Civil Veterinary Department. Madras. Admin. report 1910-25 - 1910-1925
Year: 1910
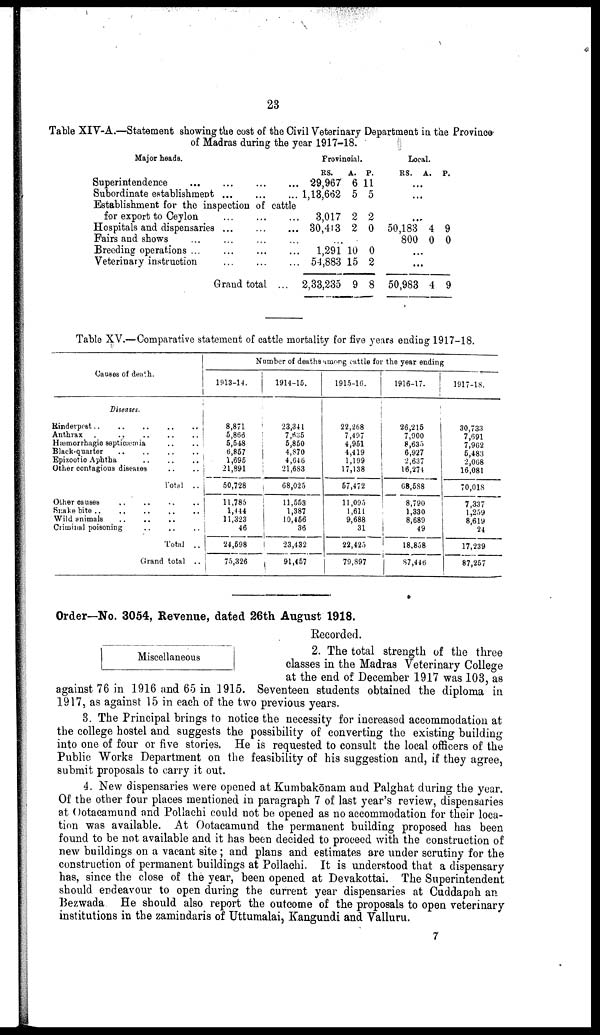
23
Table XIV-A.—Statement showing the cost of the Civil Veterinary Department in the Province
of Madras during the year 1917-18.
Major heads.
Superintendence ... ... ... ...
Subordinate establishment ... ... ...
Establishment for the inspection of cattle
for export to Ceylon ... ... ...
Hospitals and dispensaries ... ... ...
Fairs and shows ... ... ... ...
Breeding operations ... ... ... ...
Veterinary instruction ... ... ...
Grand total ...
Provincial.
RS.
29,967
1,13,662
3,017
30,413
...
1,291
54,883
2,33,235
A.
6
5
2
2
10
15
9
P.
11
5
2
0
0
2
8
Local.
RS. A. P.
...
...
...
50,183
800
..
..
50,983
4
0
.
.
4
9
0
9
Table XV.—Comparative statement of cattle mortality for five years ending 1917-18.
Causes of death.
Diseases.
Rinderpest..
..
..
..
Anthrax .. .. .. .. ..
Hæmorrhagic septicæmia .. .. ..
Black quqrter .. .. .. ..
Epizootic Aphtha .. .. ..
Other contagious diseases .. ..
Total ..
Other causes .. .. .. ..
Snake bite .. .. .. ..
Wild animals .. .. ..
Criminal poisoning .. .. .. ..
Total ..
Grand total ..
Number of deaths among cattle for the year ending
1913-14.
8,871
5,866
5,548
6,857
1,695
21,891
50,728
11,785
1,444
11,323
46
24,598
75,326
1914-15.
23,341
7,635
5,850
4,870
4,646
21,683
68,025
11,553
1,387
10,456
36
23,432
91,457
1915-16.
22,268
7,407
4,951
4,419
1,199
17,138
57,472
11,095
1,611
9,688
31
22,425
79,897
|
1916-17.
26,215
7,900
8,635
6,927
2,637
16,274
68,588
8,790
1,330
8,689
49
18,858
87,446
1917-18.
30,733
7,691
7,962
5,483
2,068
16,081
70,018
7,337
1,259
8,619
24
17,239
87,257
Order—No. 3054, Revenue, dated 26th August 1918.
Recorded.
Miscellaneous
2. The total strength of the three
classes in the Madras Veterinary College
at the end of December 1917 was 103, as
against 76 in 1916 and 65 in 1915. Seventeen students obtained the diploma in
1917, as against 15 in each of the two previous years.
3. The Principal brings to notice the necessity for increased accommodation at
the college hostel and suggests the possibility of converting the existing building
into one of four or five stories. He is requested to consult the local officers of the
Public Works Department on the feasibility of his suggestion and, if they agree,
submit proposals to carry it out.
4. New dispensaries were opened at Kumbakōnam and Palghat during the year.
Of the other four places mentioned in paragraph 7 of last year's review, dispensaries
at Ootacamund and Pollachi could not be opened as no accommodation for their loca
tion was available. At Ootacamund the permanent building proposed has been
found to be not available and it has been decided to proceed with the construction of
new buildings on a vacant site; and plans and estimates are under scrutiny for the
construction of permanent buildings at Pollachi. It is understood that a dispensary
has, since the close of the year, been opened at Devakottai. The Superintendent
should endeavour to open during the current year dispensaries at Cuddapah an
Bezwada He should also report the outcome of the proposals to open veterinary
institutions in the zamindaris of Uttumalai, Kangundi and Valluru.
7